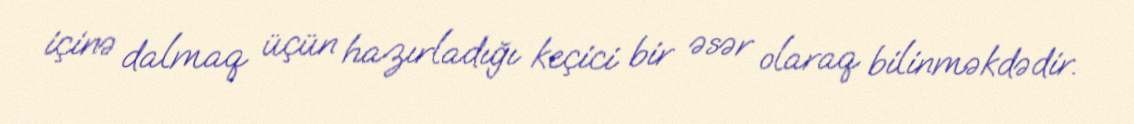
içinə dalmaq üçün hazırladığı keçici bir əsər olaraq bilinməkdədir.